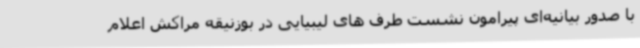
با صدور بیانیه‌ای پیرامون نشست طرف های لیبیایی در بوزنیقه مراکش اعلام